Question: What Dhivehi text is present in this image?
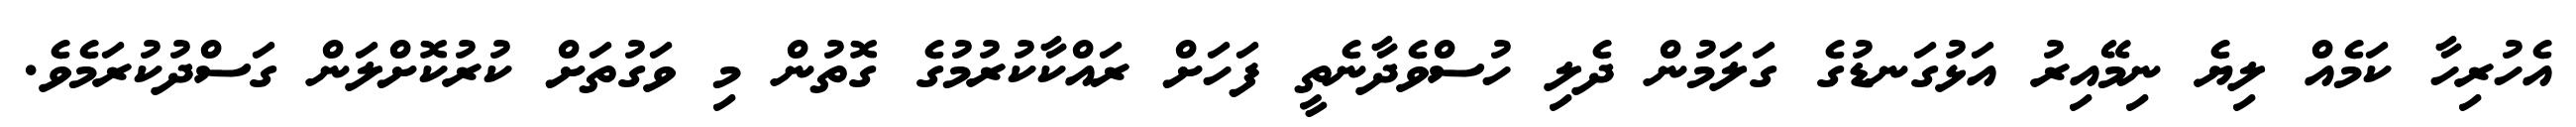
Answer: އެހުރިހާ ކަމެއް ލިޔެ ނިމޭއިރު އަޅުގަނޑުގެ ގަލަމުން ދެލި ހުސްވެދާނެތީ ފަހަށް ރައްކާކުރުމުގެ ގޮތުން މި ވަގުތަށް ކުރުކޮށްލަން ގަސްދުކުރަމެވެ.